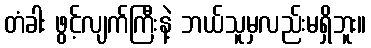
တံခါး ဖွင့်လျက်ကြီးနဲ့ ဘယ်သူမှလည်းမရှိဘူး။